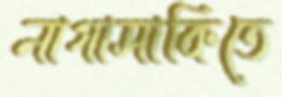
নাগাসাকিতে